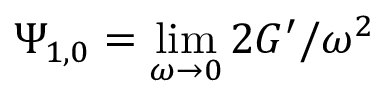
\Psi _ { 1 , 0 } = \operatorname* { l i m } _ { \omega \to 0 } 2 G ^ { \prime } / \omega ^ { 2 }